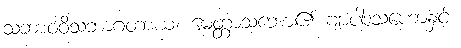
သဘာဝဝိသဘာဂတာယ၊ မေတ္တာသဘော၏ ဗျာပါဒသဟောနှင့်